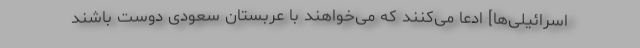
اسرائیلی‌ها] ادعا می‌كنند كه می‌خواهند با عربستان سعودی دوست باشند